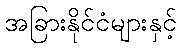
အခြားနိုင်ငံများနှင့်